Report on vaccination North-West Frontier Province 1904-1922 - 1904-1922
Year: 1904
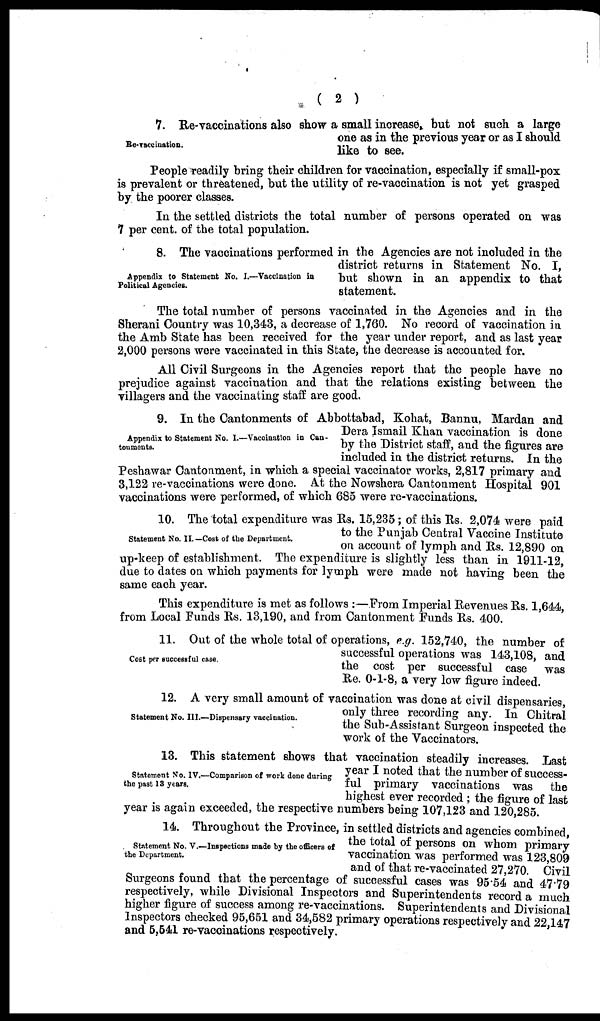
( 2 )
Re-vaccination.
7. Re-vaccinations also show a small increase but not such a large
one as in the previous year or as I should
like to see.
People readily bring their children for vaccination, especially if small-pox
is prevalent or threatened, but the utility of re-vaccination is not yet grasped
by the poorer classes.
In the settled districts the total number of persons operated on was
7 per cent. of the total population.
Appendix to Statement No. I.—Vaccination in
Political Agencies.
8. The vaccinations performed in the Agencies are not included in the
district returns in Statement No. I,
but shown in an appendix to that
statement.
The total number of persons vaccinated in the Agencies and in the
Sherani Country was 10,343, a decrease of 1,760. No record of vaccination in
the Amb State has been received for the year under report, and as last year
2,000 persons were vaccinated in this State, the decrease is accounted for.
All Civil Surgeons in the Agencies report that the people have no
prejudice against vaccination and that the relations existing between the
villagers and the vaccinating staff are good.
Appendix to Statement No. I.—Vaccination in Can¬
tonments.
9. In the Cantonments of Abbottabad, Kohat, Bannu, Mardan and
Dera Ismail Khan vaccination is done
by the District staff, and the figures are
included in the district returns. In the
Peshawar Cantonment, in which a special vaccinator works, 2,817 primary and
3,122 re-vaccinations were done. At the Nowshera Cantonment Hospital 901
vaccinations were performed, of which 685 were re-vaccinations.
Statement No. II.—Cost of the Department.
10. The total expenditure was Rs. 15,235; of this Rs. 2,074 were paid
to the Punjab Central Vaccine Institute
on account of lymph and Rs. 12,890 on
up-keep of establishment. The expenditure is slightly less than in 1911-12,
due to dates on which payments for lymph were made not having been the
same each year.
This expenditure is met as follows :—From Imperial Revenues Rs. 1,644,
from Local Funds Rs. 13,190, and from Cantonment Funds Rs. 400.
Cost per successful case.
11. Out of the whole total of operations, e.g. 152,740, the number of
successful operations was 143,108, and
the cost per successful case was
Re. 0-1-8, a very low figure indeed.
Statement No. III.—Dispensary vaccination.
12. A very small amount of vaccination was done at civil dispensaries,
only three recording any. In Chitral
the Sub-Assistant Surgeon inspected the
work of the Vaccinators.
Statement No. IV.—Comparison of work done during
the past 13 years.
13. This statement shows that vaccination steadily increases. Last
year I noted that the number of success-
ful primary vaccinations was the
highest ever recorded ; the figure of last
year is again exceeded, the respective numbers being 107,123 and 120,285.
Statement No. V.—Inspections made by the officers of
the Department.
14. Throughout the Province, in settled districts and agencies combined,
the total of persons on whom primary
vaccination was performed was 123,809
and of that re-vaccinated 27,270. Civil
Surgeons found that the percentage of successful cases was 95.54 and 47.79
respectively, while Divisional Inspectors and Superintendents record a much
higher figure of success among re-vaccinations. Superintendents and Divisional
Inspectors checked 95,651 and 34,582 primary operations respectively and 22,147
and 5,541 re-vaccinations respectively.